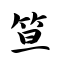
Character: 笪